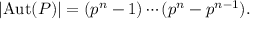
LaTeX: \left| \operatorname { A u t } ( P ) \right| = ( p ^ { n } - 1 ) \cdots ( p ^ { n } - p ^ { n - 1 } ) .